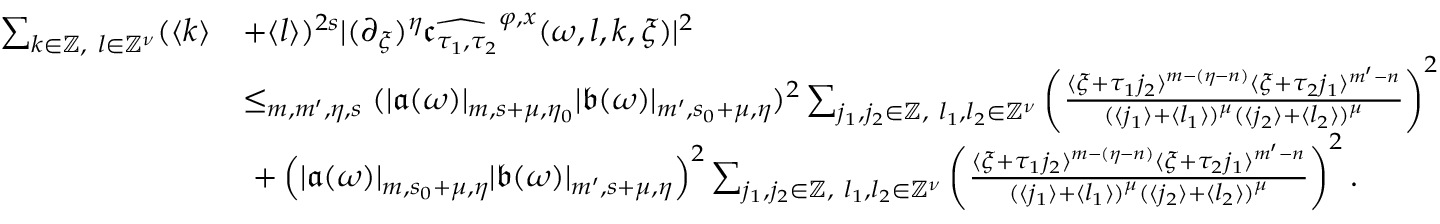
\begin{array} { r l } { \sum _ { k \in \mathbb { Z } , \ l \in \mathbb { Z } ^ { \nu } } ( \langle k \rangle } & { + \langle l \rangle ) ^ { 2 s } | ( \partial _ { \xi } ) ^ { \eta } \widehat { \mathfrak { c } _ { \tau _ { 1 } , \tau _ { 2 } } } ^ { \varphi , x } ( \omega , l , k , \xi ) | ^ { 2 } } \\ & { \le _ { m , m ^ { \prime } , \eta , s } ( | \mathfrak { a } ( \omega ) | _ { m , s + \mu , \eta _ { 0 } } | \mathfrak { b } ( \omega ) | _ { m ^ { \prime } , s _ { 0 } + \mu , \eta } ) ^ { 2 } \sum _ { j _ { 1 } , j _ { 2 } \in \mathbb { Z } , \ l _ { 1 } , l _ { 2 } \in \mathbb { Z } ^ { \nu } } \left( \frac { \langle \xi + \tau _ { 1 } j _ { 2 } \rangle ^ { m - ( \eta - n ) } \langle \xi + \tau _ { 2 } j _ { 1 } \rangle ^ { m ^ { \prime } - n } } { ( \langle j _ { 1 } \rangle + \langle l _ { 1 } \rangle ) ^ { \mu } ( \langle j _ { 2 } \rangle + \langle l _ { 2 } \rangle ) ^ { \mu } } \right) ^ { 2 } } \\ & { \ + \left( | \mathfrak { a } ( \omega ) | _ { m , s _ { 0 } + \mu , \eta } | \mathfrak { b } ( \omega ) | _ { m ^ { \prime } , s + \mu , \eta } \right) ^ { 2 } \sum _ { j _ { 1 } , j _ { 2 } \in \mathbb { Z } , \ l _ { 1 } , l _ { 2 } \in \mathbb { Z } ^ { \nu } } \left( \frac { \langle \xi + \tau _ { 1 } j _ { 2 } \rangle ^ { m - ( \eta - n ) } \langle \xi + \tau _ { 2 } j _ { 1 } \rangle ^ { m ^ { \prime } - n } } { ( \langle j _ { 1 } \rangle + \langle l _ { 1 } \rangle ) ^ { \mu } ( \langle j _ { 2 } \rangle + \langle l _ { 2 } \rangle ) ^ { \mu } } \right) ^ { 2 } . } \end{array}